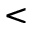
<